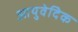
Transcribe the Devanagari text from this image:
आयुवेदिेक